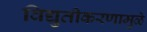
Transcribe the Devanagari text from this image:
विद्युतीकरणामुळे